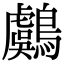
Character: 鸆